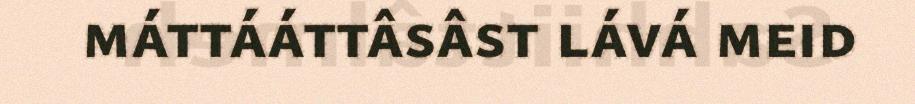
máttááttâsâst lává meid